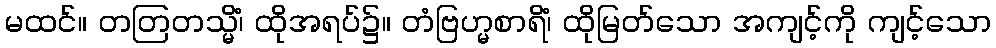
မထင်။ တတြတသ္မိံ၊ ထိုအရပ်၌။ တံဗြဟ္မစာရိံ၊ ထိုမြတ်သော အကျင့်ကို ကျင့်သော